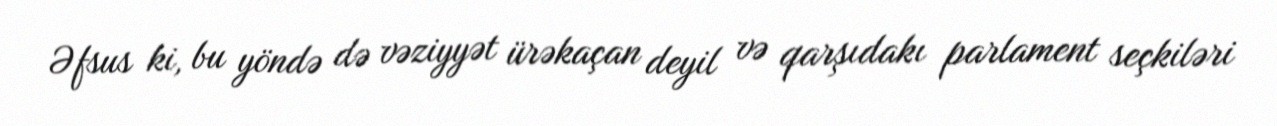
Əfsus ki, bu yöndə də vəziyyət ürəkaçan deyil və qarşıdakı parlament seçkiləri